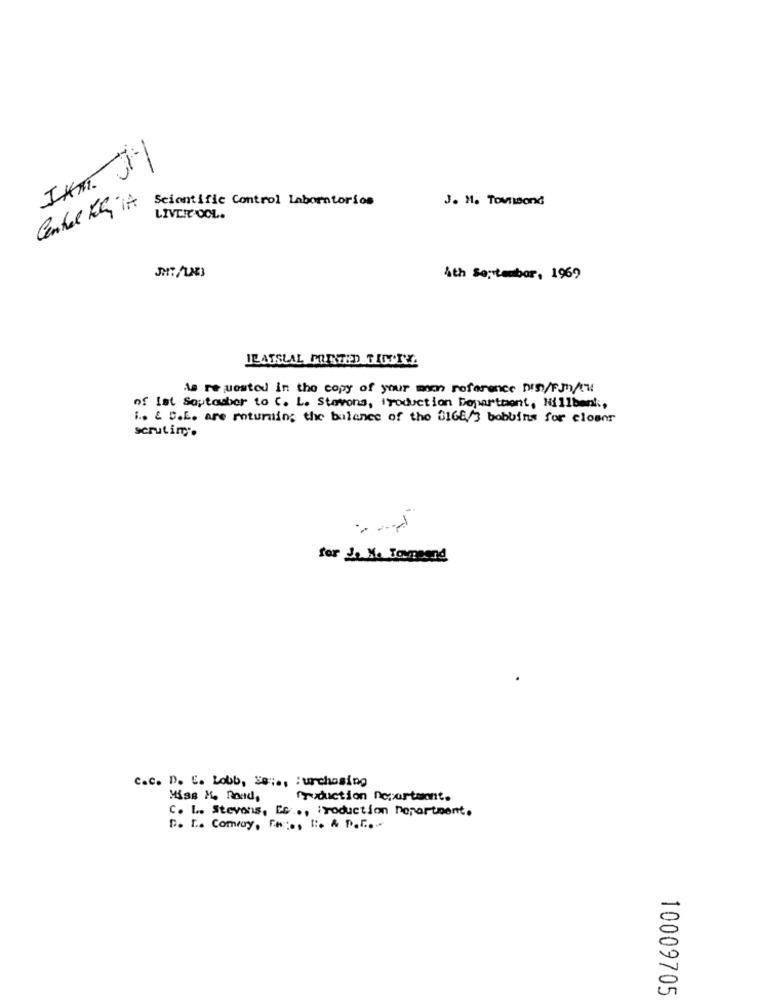
Scientific Control Laboratorios
J. M. TownBond
Central El TA
LIVER OCL.
4th September, 1969
ILASSLAL MOETPD TINOTE.
As requested in the copy of your man reference DIS/F3n/t'w
of Ist September to C. L. Stavons, Production Department, Willbank,
i .. & D.L. are roturain; the balance of the 3168/3 bobbins for closnr
scrutim ;.
for do Me Toumaand
c.c. D. C. Lobb, Se :., : urchasing
Production Department.
C. L. Stevens, Es ., Production Department.
D. t. Comay, Fw:0, 1 :. & P.F ...
10009705